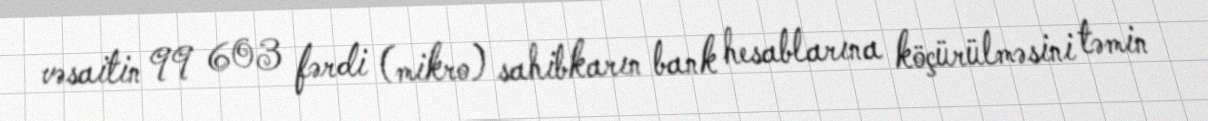
vəsaitin 99 603 fərdi (mikro) sahibkarın bank hesablarına köçürülməsini təmin